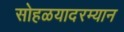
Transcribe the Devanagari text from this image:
सोहळयादरम्यान